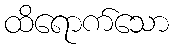
ထိရောက်သော